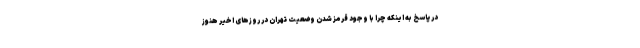
در پاسخ به اینکه چرا با وجود قرمز شدن وضعیت تهران در روزهای اخیر هنوز